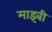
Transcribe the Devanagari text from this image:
माइबी